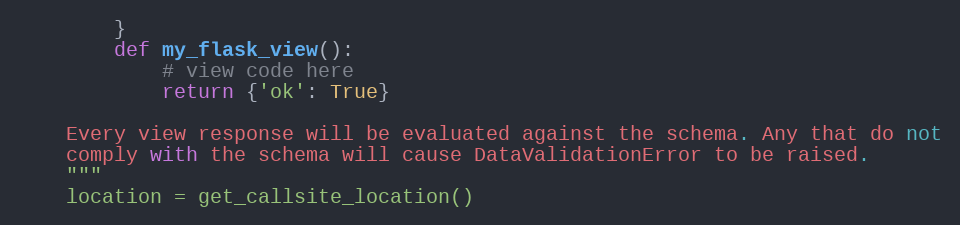
Language: Python
        }
        def my_flask_view():
            # view code here
            return {'ok': True}

    Every view response will be evaluated against the schema. Any that do not
    comply with the schema will cause DataValidationError to be raised.
    """
    location = get_callsite_location()